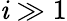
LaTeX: \mathit{i}\gg1